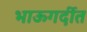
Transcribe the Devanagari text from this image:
भाऊगर्दीत